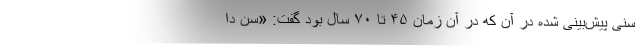
سنی پیش‌بینی شده در آن که در آن زمان ۴۵ تا ۷۰ سال بود گفت: «سن دا